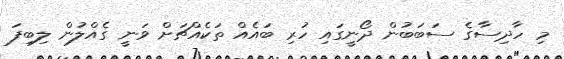
މި ހާދިސާގެ ސަބަބުން ދޯނީގައި ހުރި ބައެއް ތަކެއްޗަށް ވަނީ ގެއްލުން ލިބިފަ